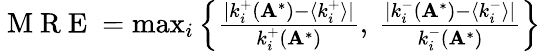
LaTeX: \begin{array}{r}{\mathrm{~M~R~E~}=\operatorname*{max}_{i}\left\{ \frac{|k_{i}^{+}(\mathbf A^{*})-\langle k_{i}^{+}\rangle|}{k_{i}^{+}(\mathbf A^{*})},\: \frac{|k_{i}^{-}(\mathbf A^{*})-\langle k_{i}^{-}\rangle|}{k_{i}^{-}(\mathbf A^{*})}\right\} }\end{array}